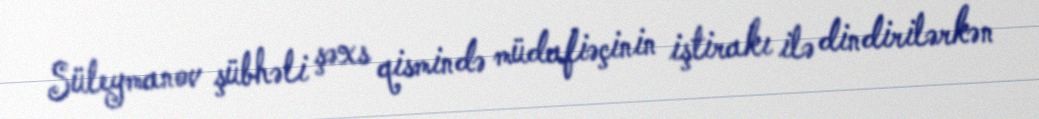
Süleymanov şübhəli şəxs qismində müdafiəçinin iştirakı ilə dindirilərkən